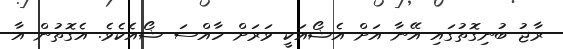
ރާޖު ބުނިގޮތުގައި އޭނާ އަށް އެޝޯއަކީ ވަރަށް ހާއްސަ ޝޯއެކެވެ. އެގޮތުން އާ